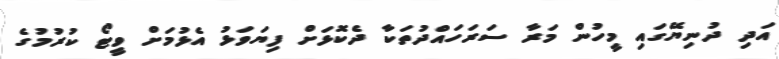
އަދި ދުނިޔޭގައި މީހުން މަރާ ސަރަހައްދުތަކާ ދެކޮޅަށް ފިޔަވަޅު އެޅުމަށް ވީޓޯ ކުރުމުގެ